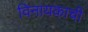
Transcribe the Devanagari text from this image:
विनायकाची